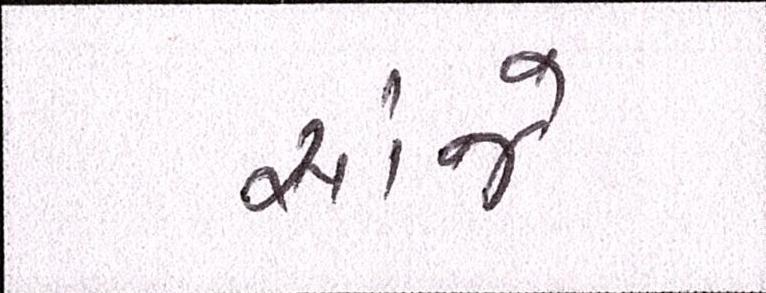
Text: સાંજે